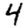
Digit: 4